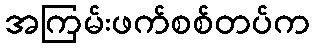
အကြမ်းဖက်စစ်တပ်က